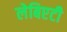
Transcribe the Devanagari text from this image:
लेबिएटी